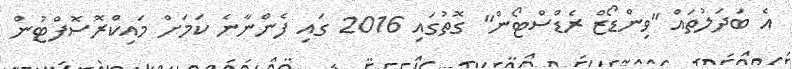
އެ ބަދަލުތައް "ވިންޑޯޒް ރެޑްސްޓޯން" ގޮތުގައި 2016 ގައި ފެންނާނެ ކަމަށް މައިކްރޮސޮފްޓުން